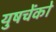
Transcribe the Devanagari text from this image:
युषचेंको